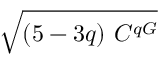
\sqrt { ( 5 - 3 q ) \ C ^ { q G } }